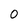
Character: 0